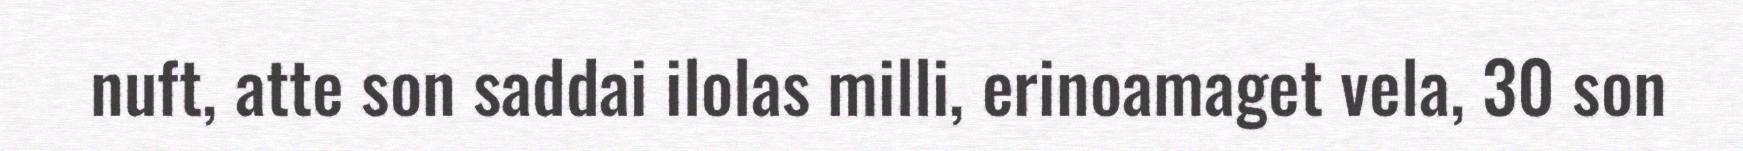
nuft, atte son saddai ilolas milli, erinoamaget vela, 30 son